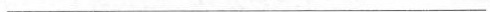
___